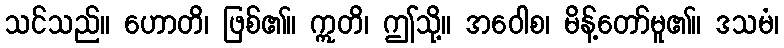
သင်သည်။ ဟောတိ၊ ဖြစ်၏။ ဣတိ၊ ဤသို့။ အဝေါစ၊ မိန့်တော်မူ၏။ ဒသမံ၊